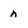
Character: n